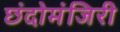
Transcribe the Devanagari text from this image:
छंदोमंजिरी